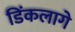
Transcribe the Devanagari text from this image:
डिंकलागे